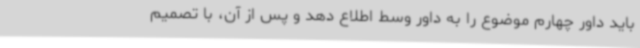
باید داور چهارم موضوع را به داور وسط اطلاع دهد و پس از آن، با تصمیم